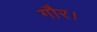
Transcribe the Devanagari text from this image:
गौर।